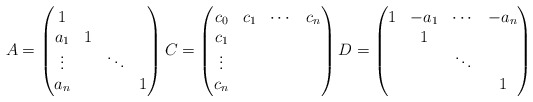
\begin{align*}A=\begin{pmatrix}1\\a_{1} & 1\\\vdots & & \ddots\\a_{n} & & & 1\end{pmatrix}C=\begin{pmatrix}c_{0} & c_{1} & \cdots & c_{n}\\c_{1}\\\vdots\\c_{n}\end{pmatrix}D=\begin{pmatrix}1 & -a_{1} & \cdots & -a_{n}\\ & 1\\ & & \ddots\\ & & & 1\end{pmatrix}\end{align*}